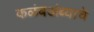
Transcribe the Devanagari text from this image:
कळंबअंब्याचे